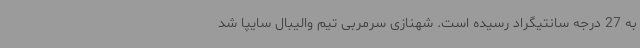
به 27 درجه سانتیگراد رسیده است. شهنازی سرمربی تیم والیبال سایپا شد